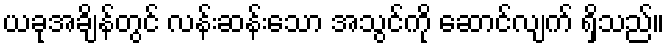
ယခုအချိန်တွင် လန်းဆန်းသော အသွင်ကို ဆောင်လျက် ရှိသည်။